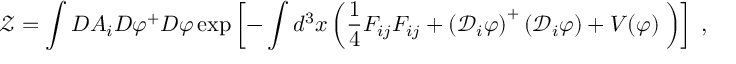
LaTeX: \mathcal { Z = } \int D A _ { i } D \varphi ^ { + } D \varphi \exp \left[ - \int d ^ { 3 } x \left( \frac { 1 } { 4 } F _ { i j } F _ { i j } + \left( \mathcal { D } _ { i } { \varphi } \right) ^ { + } \left( \mathcal { D } _ { i } { \varphi } \right) + V ( \varphi ) \; \right) \right] \; ,